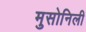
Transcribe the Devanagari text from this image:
मुसोनिली